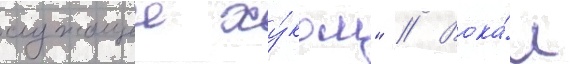
служащеи ху́ком" // Вока́л